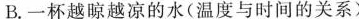
B. 一杯越晾越凉的水(温度与时间的关系)